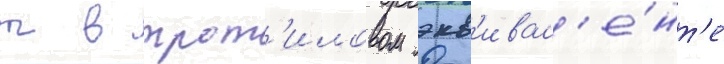
т в трот'иловом экв'ивал'е́нт'е